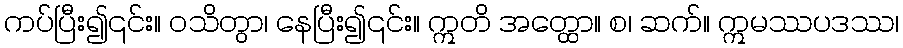
ကပ်ပြီး၍၎င်း။ ဝသိတွာ၊ နေပြီး၍၎င်း။ ဣတိ အတ္ထော။ စ၊ ဆက်။ ဣမဿပဒဿ၊